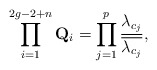
\begin{align*} \prod_{i=1}^{2g-2+n}{\bf Q}_i=\prod_{j=1}^{p}\dfrac{\lambda_{c_j}}{\overline{\lambda_{c_j}}},\end{align*}